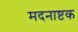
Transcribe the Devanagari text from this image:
मदनाष्टक